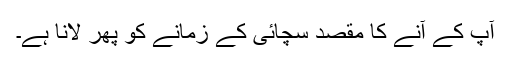
آپ کے آنے کا مقصد سچائی کے زمانے کو پھر لانا ہے۔